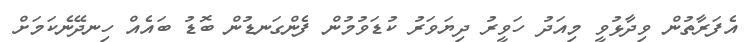
އެފަރާތުން ވިދާޅުވީ މިއަދު ހަވީރު ދިޔަވަރު ކުޑަވުމުން ފެންގަނޑުން ބޮޑު ބައެއް ހިނދޭނެކަމަށް